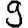
Digit: 9